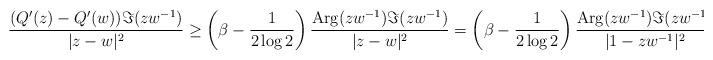
LaTeX: \begin{align*}\frac{(Q'(z)-Q'(w))\Im(zw^{-1})}{|z-w|^{2}}\ge\left(\beta-\frac{1}{2\log 2}\right)\frac{\mathrm{Arg}(zw^{-1})\Im(zw^{-1})}{|z-w|^{2}}=\left(\beta-\frac{1}{2\log 2}\right)\frac{\mathrm{Arg}(zw^{-1})\Im(zw^{-1})}{|1-zw^{-1}|^{2}}.\end{align*}